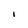
Character: I